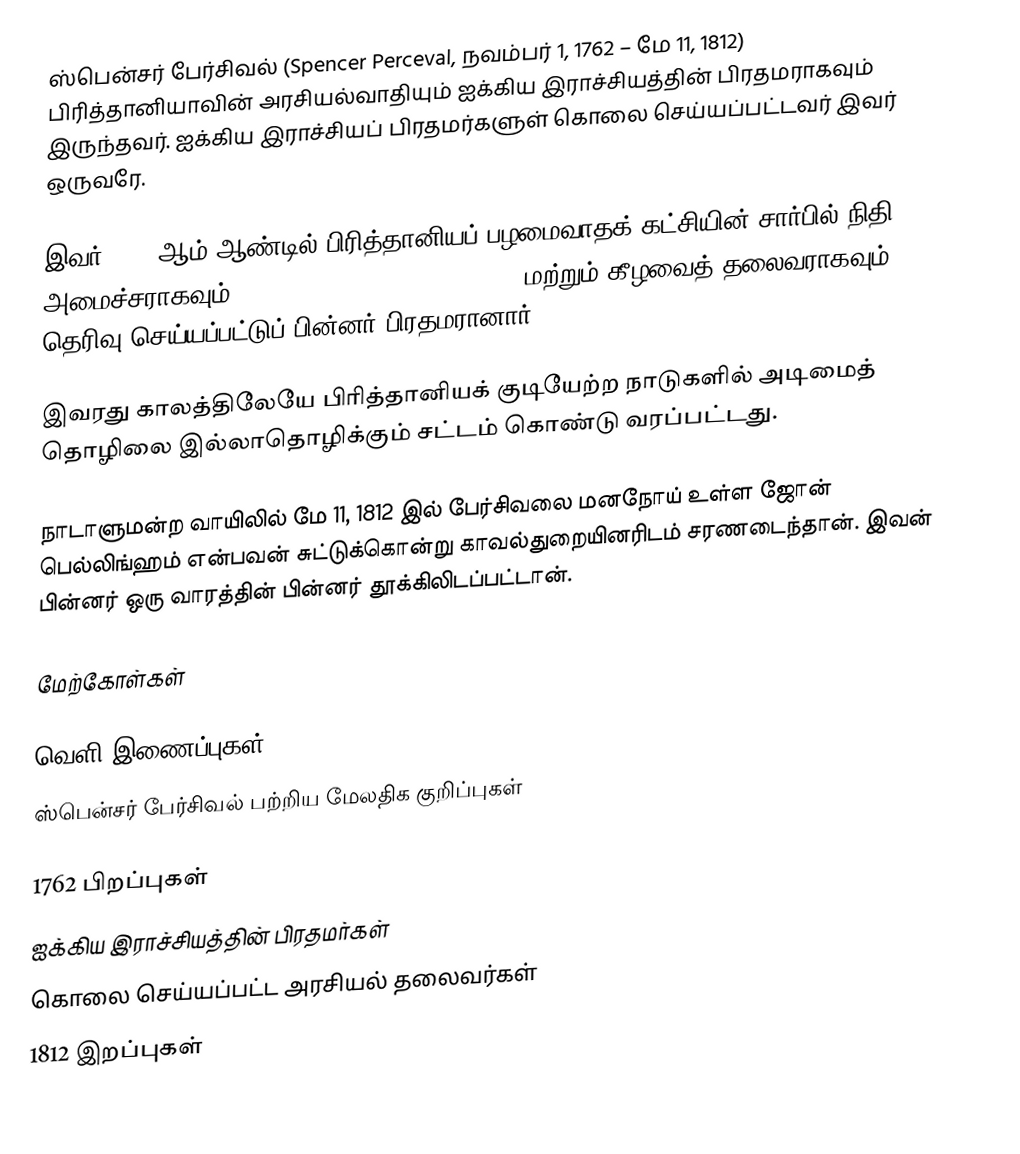
ஸ்பென்சர் பேர்சிவல் (Spencer Perceval, நவம்பர் 1, 1762 – மே 11, 1812) பிரித்தானியாவின் அரசியல்வாதியும் ஐக்கிய இராச்சியத்தின் பிரதமராகவும் இருந்தவர். ஐக்கிய இராச்சியப் பிரதமர்களுள் கொலை செய்யப்பட்டவர் இவர் ஒருவரே.

இவர் 1809 ஆம் ஆண்டில் பிரித்தானியப் பழமைவாதக் கட்சியின் சார்பில் நிதி அமைச்சராகவும் (Chancellor of the Exchequer) மற்றும் கீழவைத் தலைவராகவும் தெரிவு செய்யப்பட்டுப் பின்னர் பிரதமரானார்.

இவரது காலத்திலேயே பிரித்தானியக் குடியேற்ற நாடுகளில் அடிமைத் தொழிலை இல்லாதொழிக்கும் சட்டம் கொண்டு வரப்பட்டது.

நாடாளுமன்ற வாயிலில் மே 11, 1812 இல் பேர்சிவலை மனநோய் உள்ள ஜோன் பெல்லிங்ஹம் என்பவன் சுட்டுக்கொன்று காவல்துறையினரிடம் சரணடைந்தான். இவன் பின்னர் ஒரு வாரத்தின் பின்னர் தூக்கிலிடப்பட்டான்.

மேற்கோள்கள்

வெளி இணைப்புகள்
 ஸ்பென்சர் பேர்சிவல் பற்றிய மேலதிக குறிப்புகள்

1762 பிறப்புகள்
ஐக்கிய இராச்சியத்தின் பிரதமர்கள்
கொலை செய்யப்பட்ட அரசியல் தலைவர்கள்
1812 இறப்புகள்